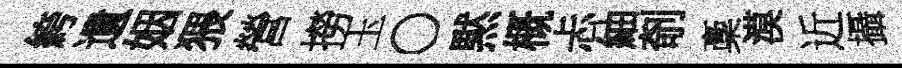
絝遺姻猥營撈玉〇黙概忐紬剞稾漠近攝